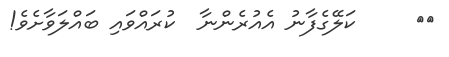
٤٠     ކަލޭގެފާނު އެއުރެންނާ  ކުރައްވައި ބައްލަވާށެވެ!